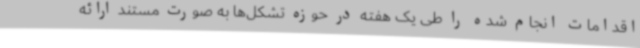
اقدامات انجام شده را طی یک هفته در حوزه تشکل‌ها به صورت مستند ارائه